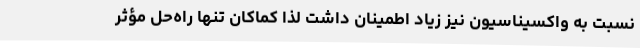
نسبت به واکسیناسیون نیز زیاد اطمینان داشت لذا کماکان تنها راه‌حل مؤثر